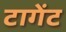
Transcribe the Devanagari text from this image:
टागेंट